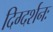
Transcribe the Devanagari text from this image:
दिग्दर्शनः